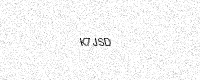
Text: K7JSD